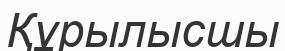
Құрылысшы